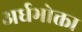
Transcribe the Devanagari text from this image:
अर्धभोक्ता